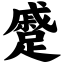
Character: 蹙